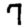
Digit: 7